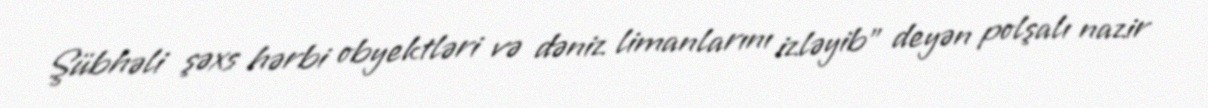
Şübhəli şəxs hərbi obyektləri və dəniz limanlarını izləyib" deyən polşalı nazir